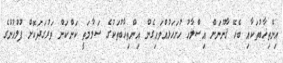
އިންތިޚާބުތަކާއި ބެހޭ ޤާނޫނަށް އިސްލާހު ހުށަހަޅުއްވައިގެން އިންތިޚާބުތަކުގެ ސަލާމަތީ ކަންކަން ވަރުގަދަކޮށް ފުލުހުންގެ